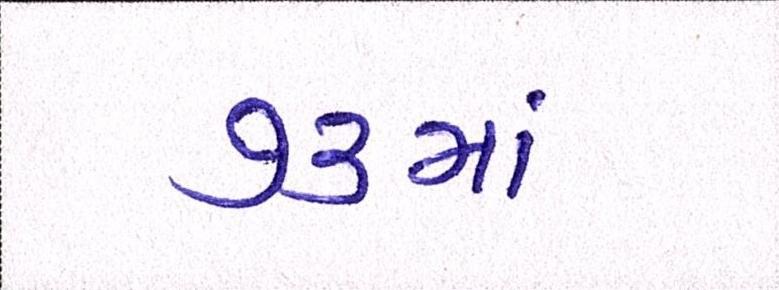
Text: ૭૩માં